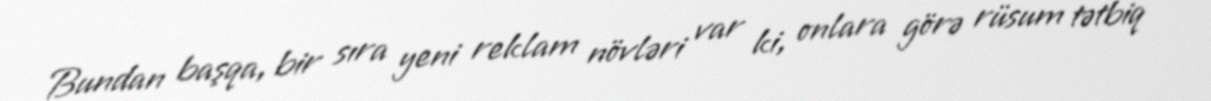
Bundan başqa, bir sıra yeni reklam növləri var ki, onlara görə rüsum tətbiq